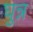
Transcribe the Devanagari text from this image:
घुन्न